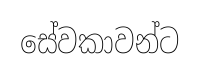
සේවකාවන්ට